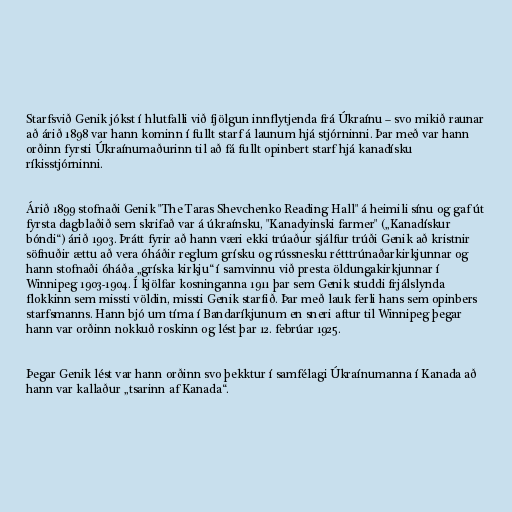
Starfsvið Genik jókst í hlutfalli við fjölgun innflytjenda frá Úkraínu – svo mikið raunar
að árið 1898 var hann kominn í fullt starf á launum hjá stjórninni. Þar með var hann
orðinn fyrsti Úkraínumaðurinn til að fá fullt opinbert starf hjá kanadísku
ríkisstjórninni.

Árið 1899 stofnaði Genik "The Taras Shevchenko Reading Hall" á heimili sínu og gaf út
fyrsta dagblaðið sem skrifað var á úkraínsku, "Kanadyinski farmer" („Kanadískur
bóndi“) árið 1903. Þrátt fyrir að hann væri ekki trúaður sjálfur trúði Genik að kristnir
söfnuðir ættu að vera óháðir reglum grísku og rússnesku rétttrúnaðarkirkjunnar og
hann stofnaði óháða „gríska kirkju“ í samvinnu við presta öldungakirkjunnar í
Winnipeg 1903-1904. Í kjölfar kosninganna 1911 þar sem Genik studdi frjálslynda
flokkinn sem missti völdin, missti Genik starfið. Þar með lauk ferli hans sem opinbers
starfsmanns. Hann bjó um tíma í Bandaríkjunum en sneri aftur til Winnipeg þegar
hann var orðinn nokkuð roskinn og lést þar 12. febrúar 1925.

Þegar Genik lést var hann orðinn svo þekktur í samfélagi Úkraínumanna í Kanada að
hann var kallaður „tsarinn af Kanada“.